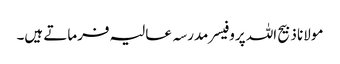
مولانا ذبیح اللہ پروفیسر مدرسہ عالیہ فرماتے ہیں۔